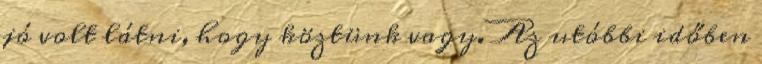
jó volt látni, hogy köztünk vagy. Az utóbbi időben